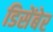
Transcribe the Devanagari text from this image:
डिसेंबेर